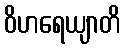
ဝိဟရေယျာတိ